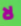
لا